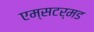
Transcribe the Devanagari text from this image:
एम्सटर्मड